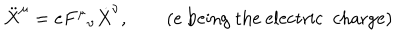
\ddot { X } ^ { \mu } = e { F ^ { \mu } } _ { \nu } \dot { X } ^ { \nu } , \qquad ( e \textrm { b e i n g t h e e l e c t r i c c h a r g e } )